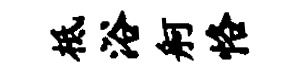
柢浴舸恪